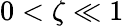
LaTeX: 0<\zeta\ll 1